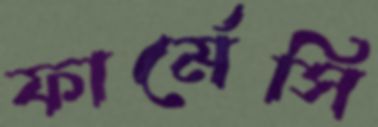
ফার্মেসি